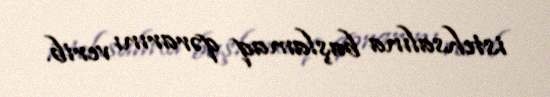
istehsalına başlamaq qərarını verib.